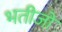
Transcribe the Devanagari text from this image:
भतीजो